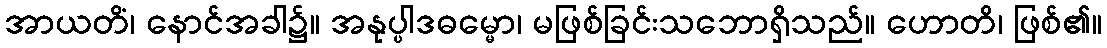
အာယတိံ၊ နောင်အခါ၌။ အနုပ္ပါဒဓမ္မော၊ မဖြစ်ခြင်းသဘောရှိသည်။ ဟောတိ၊ ဖြစ်၏။